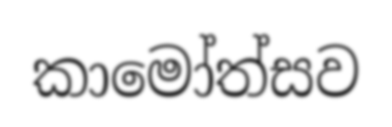
කාමෝත්සව